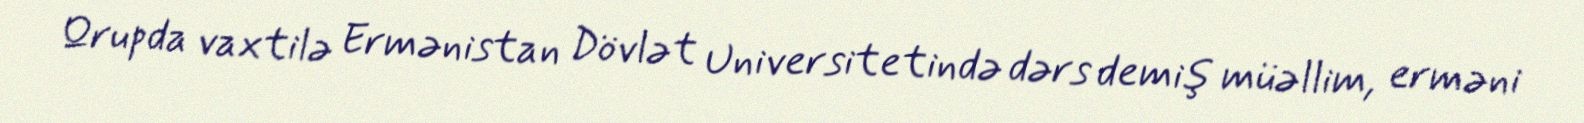
Qrupda vaxtilə Ermənistan Dövlət Universitetində dərs demiş müəllim, erməni